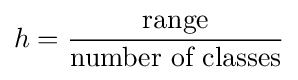
h={\frac {\text{range}}{\text{number of classes}}}